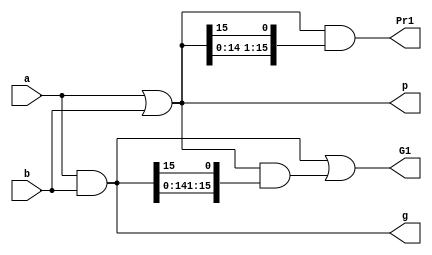
// Prefix addition

// 16-bit Modulo adder 
//--------------------------------------------------------------------------------------

// Stage 1
module P16_stage_1(a, b, g, p, G1, Pr1);
    
    input [15:0]a;
    input [15:0]b;
    output [15:0]g;
    output [15:0]p;
    output [15:0]G1;    //Group Generate
    output [15:0]Pr1;   // Group Rropagate
    
    assign g[15:0] = a[15:0] & b[15:0] ;
    assign p[15:0] = a[15:0] | b[15:0] ;  

    assign G1[15:0] = g[15:0] | p[15:0] & {g[14:0],g[15]} ;
    assign Pr1[15:0] = p[15:0] & {p[14:0],p[15]} ;
    
endmodule


// Stage 2
module P16_stage_2(G1, Pr1, G2, Pr2);
    
    input [15:0]G1;
    input [15:0]Pr1;
    output [15:0]G2;
    output [15:0]Pr2;
    
    assign G2[15:0] = G1[15:0] | Pr1[15:0] & {G1[13:0],G1[15:14]} ;
    assign Pr2[15:0] = Pr1[15:0] & {Pr1[13:0],Pr1[15:14]} ;

endmodule



// Stage 3
module P16_stage_3(G2, Pr2, G3, Pr3);
    
    input [15:0]G2;
    input [15:0]Pr2;
    output [15:0]G3;
    output [15:0]Pr3;
    
    assign G3[15:0] = G2[15:0] | Pr2[15:0] & {G2[11:0],G2[15:12]} ;
    assign Pr3[15:0] = Pr2[15:0] & {Pr2[11:0],Pr2[15:12]} ;

endmodule



// Stage 4
module P16_stage_4(G3, Pr3, G4);
    
    input [15:0]G3;
    input [15:0]Pr3;
    output [15:0]G4;

    
    assign G4[15:0] = G3[15:0] | Pr3[15:0] & {G3[7:0],G3[15:8]} ;

endmodule





// Stage 6
module P16_adder(a, b, sum);
    
    input [15:0]a;
    input [15:0]b;
    output [15:0]sum;
    
    wire [15:0]g;
    wire [15:0]p;    
    
    wire [15:0]G1;
    wire [15:0]Pr1;
    wire [15:0]G2;
    wire [15:0]Pr2;
    wire [15:0]G3;
    wire [15:0]Pr3;
    wire [15:0]G4;
  
    
    P16_stage_1 CUT1(a, b, g, p, G1, Pr1);
    P16_stage_2 CUT2(G1, Pr1, G2, Pr2);
    P16_stage_3 CUT3(G2, Pr2, G3, Pr3);
    P16_stage_4 CUT4(G3, Pr3, G4);
    
    assign sum[15:0] = a[15:0] ^ b[15:0] ^ {G4[14:0],G4[15]} ; 
    
endmodule








// 16-bit Modulo adder 4x4
//--------------------------------------------------------------------------------------

// Stage 1
module P4x4_stage_1(a, b, g, p, x);
    
    input [15:0]a;
    input [15:0]b;
    output [15:0]g;
    output [15:0]p;
    output [15:0]x;
    
    assign g[15:0] = a[15:0] & b[15:0] ;
    assign p[15:0] = a[15:0] | b[15:0] ;  
    assign x[15:0] = a[15:0] ^ b[15:0];

    
endmodule


// Stage 2
module P4x4_stage_2(g, p, G1, Pr1);

    input [15:0]g;
    input [15:0]p;    
    output [15:0]G1;
    output [15:0]Pr1;

    assign G1[15:0] =   g[15:0] | 
                        p[15:0] & {g[14:0],g[15]} |
                        p[15:0] & {p[14:0],p[15]} & {g[13:0],g[15:14]} |
                        p[15:0] & {p[14:0],p[15]} & {p[13:0],p[15:14]} & {g[12:0],g[15:13]} ;
    
    assign Pr1[15:0] = p[15:0] & {p[14:0],p[15]} & {p[13:0],p[15:14]} & {p[12:0],p[15:13]} ;                        


endmodule


// Stage 2
module P4x4_stage_3(G1, Pr1, G2);
    
    input [15:0]G1;
    input [15:0]Pr1;
    output [15:0]G2;

    
    assign G2[15:0] =   G1[15:0] | 
                        Pr1[15:0] & {G1[11:0],G1[15:12]} |
                        Pr1[15:0] & {Pr1[11:0],Pr1[15:12]} & {G1[7:0],G1[15:8]} | 
                        Pr1[15:0] & {Pr1[11:0],Pr1[15:12]} & {Pr1[7:0],Pr1[15:8]} & {G1[3:0],G1[15:4]} ;
                        


endmodule





// Stage 6
module P4x4_adder(a, b, sum);
    
    input [15:0]a;
    input [15:0]b;
    output [15:0]sum;
    
    wire [15:0]g;
    wire [15:0]p;  
    wire [15:0]x;
    wire [15:0]G1;
    wire [15:0]Pr1;
    wire [15:0]G2;

  
    
    P4x4_stage_1 CUT1(a, b, g, p, x);
    P4x4_stage_2 CUT2(g, p, G1, Pr1);
    P4x4_stage_3 CUT3(G1, Pr1, G2);

    
    assign sum[15:0] = x[15:0] ^ {G2[14:0],G2[15]} ; 
    
endmodule